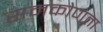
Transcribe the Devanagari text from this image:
समकोणता